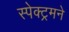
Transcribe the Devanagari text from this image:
स्पेक्ट्रमने